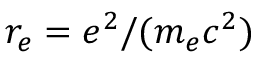
r _ { e } = e ^ { 2 } / ( m _ { e } c ^ { 2 } )